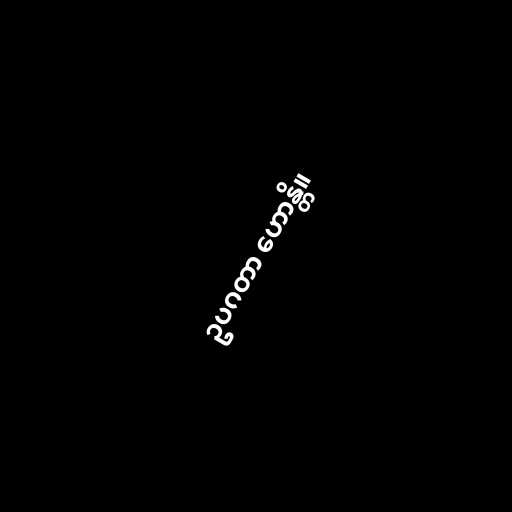
ဥပဂတာ ဟောန္တိ။